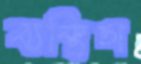
ব্যক্তিতা